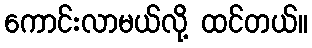
ကောင်းလာမယ်လို့ ထင်တယ်။